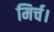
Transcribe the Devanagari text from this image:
मिर्च।